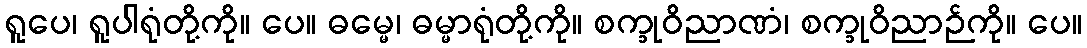
ရူပေ၊ ရူပါရုံတို့ကို။ ပေ။ ဓမ္မေ၊ ဓမ္မာရုံတို့ကို။ စက္ခုဝိညာဏံ၊ စက္ခုဝိညာဉ်ကို။ ပေ။